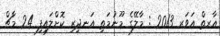
އާރތް އަވަރ 2013 : މާލޭގެ މޫނުމަތި އަނދިރި ކޮށްލައިފި 24 މާޗް